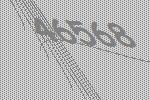
46568